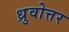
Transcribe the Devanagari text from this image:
ध्रुवोत्तर